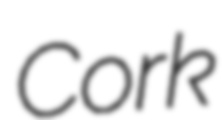
Cork